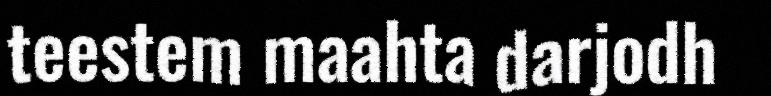
teestem maahta darjodh